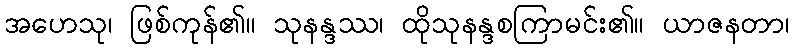
အဟေသု၊ ဖြစ်ကုန်၏။ သုနန္ဒဿ၊ ထိုသုနန္ဒစကြာမင်း၏။ ယာဇနတာ၊